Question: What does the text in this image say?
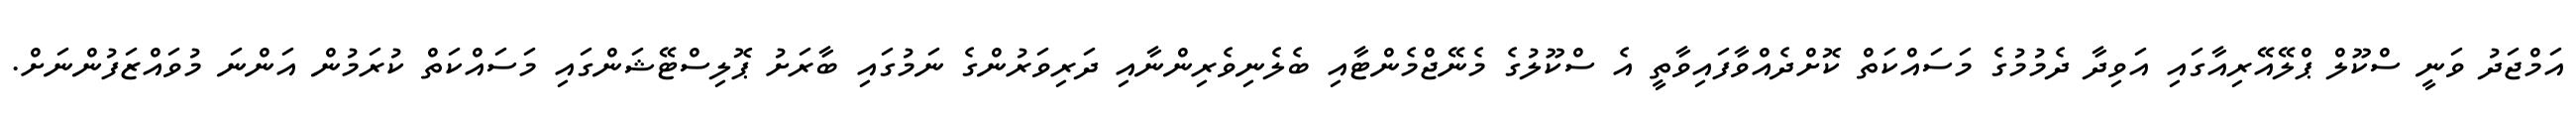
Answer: އަމްޖަދު ވަނީ ސްކޫލް ޕްލޭއޭރިއާގައި އަވިދާ ދެމުމުގެ މަސައްކަތް ކޮށްދެއްވާފައިވާތީ އެ ސްކޫލުގެ މެނޭޖްމެންޓާއި ބެލެނިވެރިންނާއި ދަރިވަރުންގެ ނަމުގައި ބާރަށު ޕޮލިސްޓޭޝަންގައި މަސައްކަތް ކުރަމުން އަންނަ މުވައްޒަފުންނަށް.